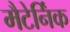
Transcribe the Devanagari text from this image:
मैटेर्निंक